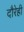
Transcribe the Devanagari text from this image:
दौरेही